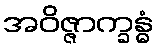
အဝိဇ္ဇာက္ခန္ဓံ